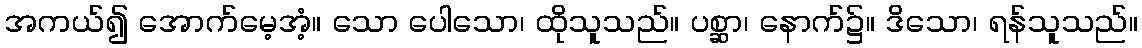
အကယ်၍ အောက်မေ့အံ့။ သော ပေါသော၊ ထိုသူသည်။ ပစ္ဆာ၊ နောက်၌။ ဒိသော၊ ရန်သူသည်။